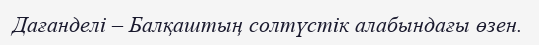
Дағанделі – Балқаштың солтүстік алабындағы өзен.